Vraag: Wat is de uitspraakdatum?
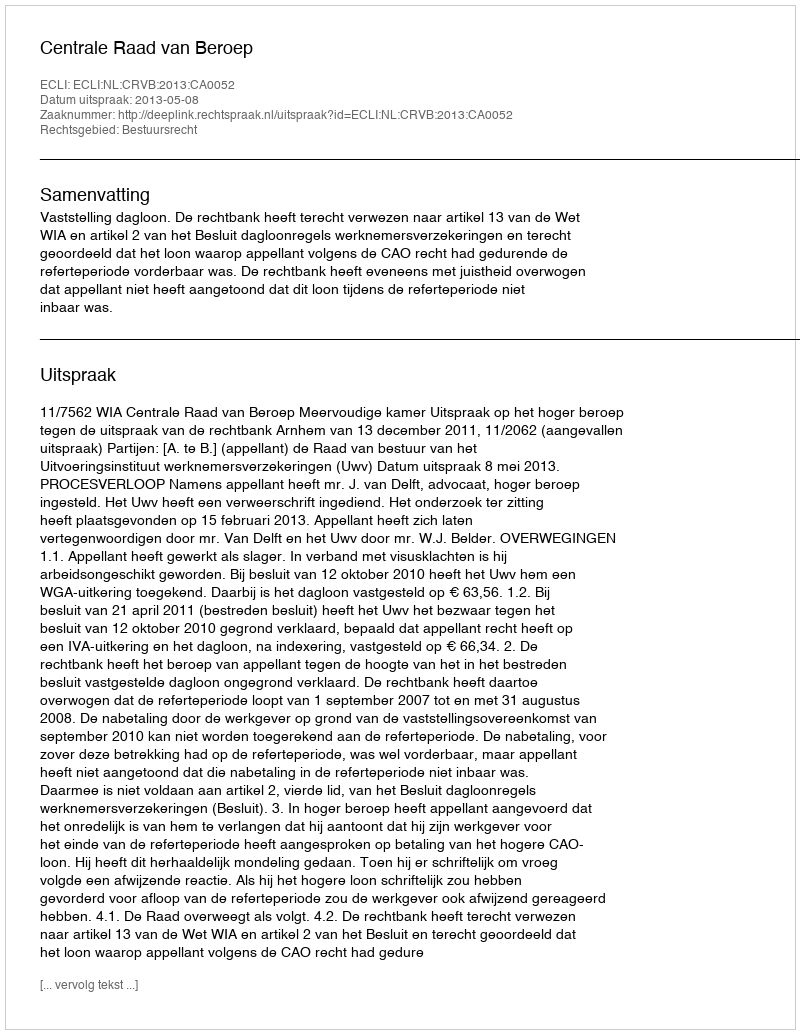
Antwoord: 2013-05-08